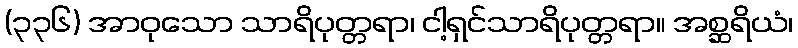
(၃၃၆) အာဝုသော သာရိပုတ္တရာ၊ ငါ့ရှင်သာရိပုတ္တရာ။ အစ္ဆရိယံ၊